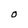
Character: O